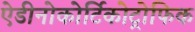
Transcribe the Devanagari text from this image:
ऐडीनोकोर्टिकोट्रोफिक